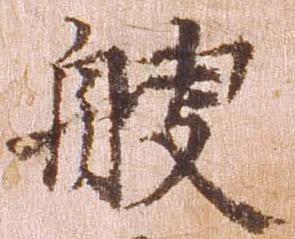
艘